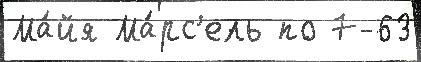
Ма́йя Ма́рс'ель по 7-63